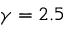
\gamma = 2 . 5